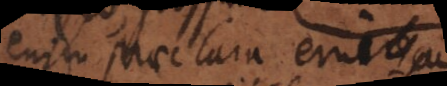
enim praeclara erui,